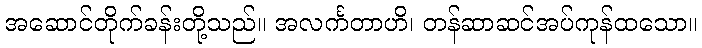
အဆောင်တိုက်ခန်းတို့သည်။ အလင်္ကတာဟိ၊ တန်ဆာဆင်အပ်ကုန်ထသော။